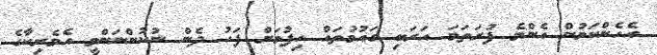
އެހެންކަމުން އެންމެ ފުރަތަމަ އަރަބި ގައުމުތައް ހިފުމަށް ފަހު ދެން ނުކުންނަންވީ އެމެރިކާގެ